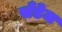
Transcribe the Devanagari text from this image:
सँडेज